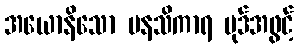
အယောနိသော မနသိကာရ ပုဒ်အဖွင့်